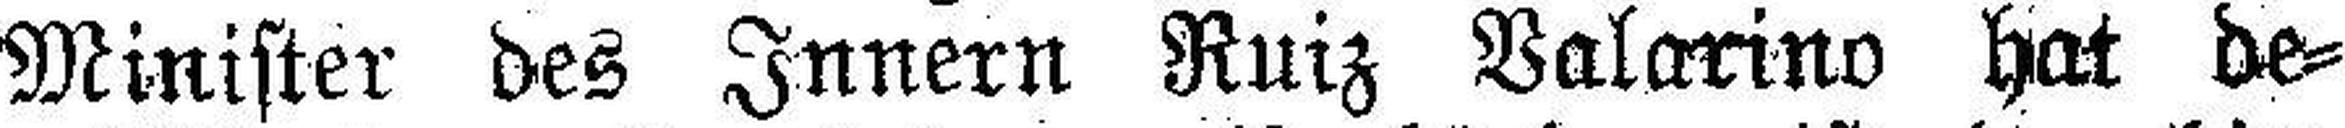
Minister des Innern Ruiz Valarino hat de¬